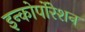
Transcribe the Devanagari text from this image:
इन्कोर्पाेरेशन